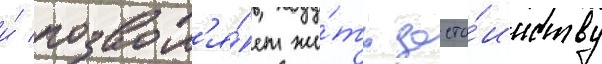
и́ позвол'я́ет жи́ть досто́инству